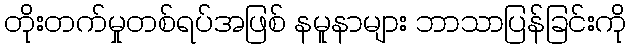
တိုးတက်မှုတစ်ရပ်အဖြစ် နမူနာများ ဘာသာပြန်ခြင်းကို